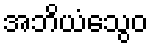
အဘိယံသွေဝ